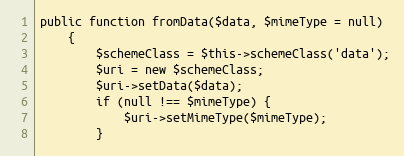
Language: PHP
public function fromData($data, $mimeType = null)
    {
        $schemeClass = $this->schemeClass('data');
        $uri = new $schemeClass;
        $uri->setData($data);
        if (null !== $mimeType) {
            $uri->setMimeType($mimeType);
        }